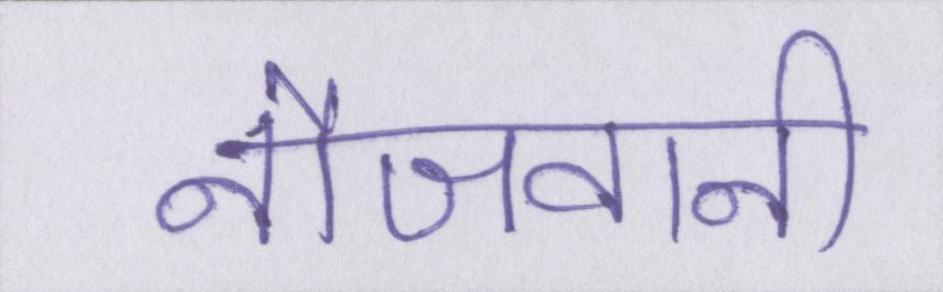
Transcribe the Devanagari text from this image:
नौजवानी